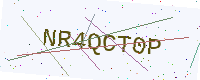
Text: NR4QCT0P